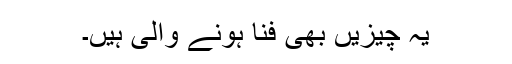
یہ چیزیں بھی فنا ہونے والی ہیں۔